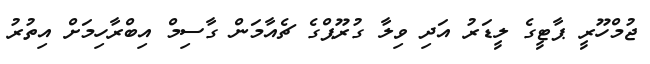
ޖުމްހޫރީ ޕާޓީގެ ލީޑަރު އަދި ވިލާ ގުރޫޕްގެ ޗެއާމަން ގާސިމް އިބްރާހިމަށް އިތުރު